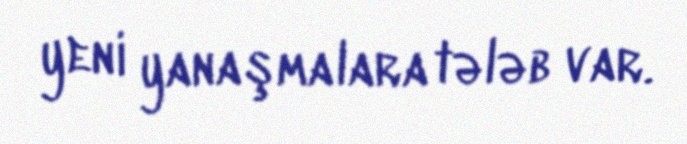
yeni yanaşmalara tələb var.